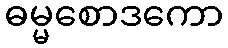
ဓမ္မစောဒကော